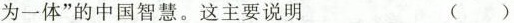
为一体”的中国智慧。这主要说明 ()